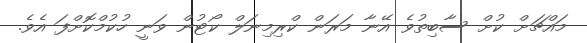
މައްޗަށް ކުށް ސާބިތުވެ އޭނާ މަރަން ކްރިމިނަލް ކޯޓުން ވަނީ ހުކުމްކޮށްފަ އެވެ.